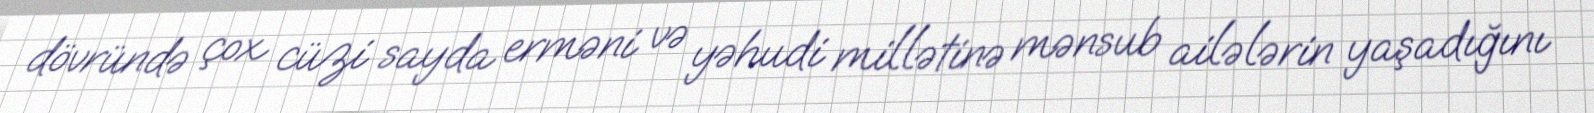
dövründə çox cüzi sayda erməni və yəhudi millətinə mənsub ailələrin yaşadığını